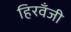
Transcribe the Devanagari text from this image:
हिरवँजी